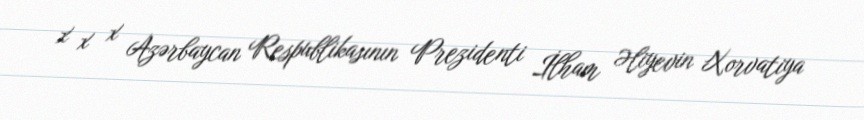
x x x Azərbaycan Respublikasının Prezidenti İlham Əliyevin Xorvatiya